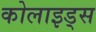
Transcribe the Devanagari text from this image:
कोलाइड्स